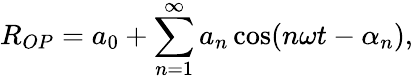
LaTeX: R_{OP}=a_{0}+\sum_{n=1}^{\infty}a_{n}\cos(n\omega t-\alpha_{n}),